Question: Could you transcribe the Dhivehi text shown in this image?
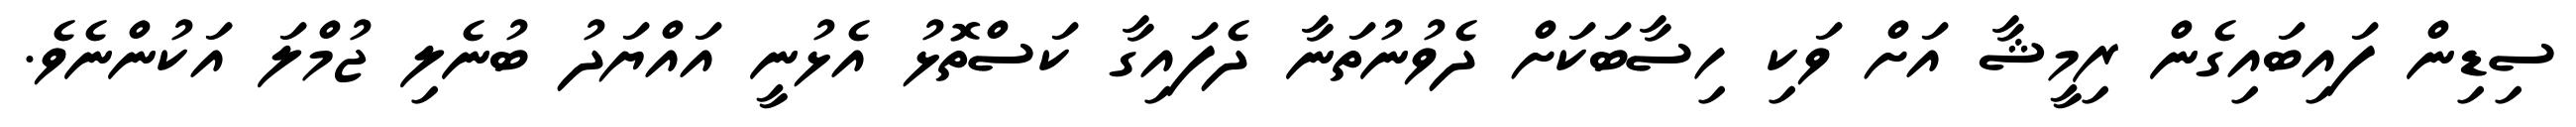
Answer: ސިޑިން ފައިބައިގެން ރިމީޝާ އަށް ވަކި ހިސާބަކަށް ދެވުނުތަނާ ދެފައިގާ ކަސްތޮޅު އެޅުނީ އައްޔަދު ބުނެލި ޖުމްލަ އަކުންނެވެ.